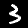
Digit: 3